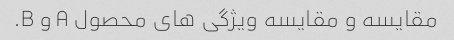
مقایسه و مقایسه ویژگی های محصول A و B.